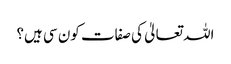
اللہ تعالیٰ کی صفات کون سی ہیں؟